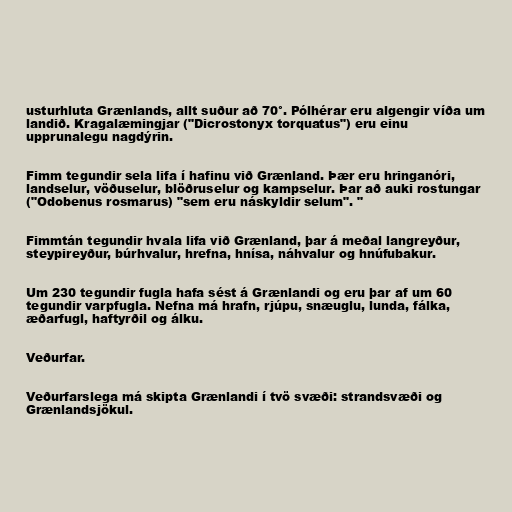
usturhluta Grænlands, allt suður að 70°. Pólhérar eru algengir víða um
landið. Kragalæmingjar ("Dicrostonyx torquatus") eru einu
upprunalegu nagdýrin.

Fimm tegundir sela lifa í hafinu við Grænland. Þær eru hringanóri,
landselur, vöðuselur, blöðruselur og kampselur. Þar að auki rostungar
("Odobenus rosmarus) "sem eru náskyldir selum". "

Fimmtán tegundir hvala lifa við Grænland, þar á meðal langreyður,
steypireyður, búrhvalur, hrefna, hnísa, náhvalur og hnúfubakur.

Um 230 tegundir fugla hafa sést á Grænlandi og eru þar af um 60
tegundir varpfugla. Nefna má hrafn, rjúpu, snæuglu, lunda, fálka,
æðarfugl, haftyrðil og álku.

Veðurfar.

Veðurfarslega má skipta Grænlandi í tvö svæði: strandsvæði og
Grænlandsjökul.